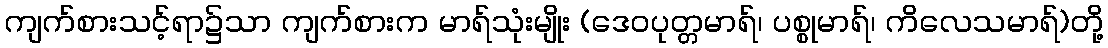
ကျက်စားသင့်ရာ၌သာ ကျက်စားက မာရ်သုံးမျိုး (ဒေဝပုတ္တမာရ်၊ ပစ္စုမာရ်၊ ကိလေသမာရ်)တို့